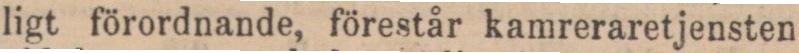
ligt förordnande, förestår kamreraretjensten